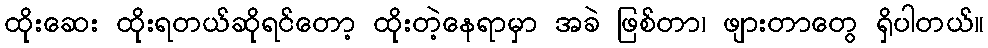
ထိုးဆေး ထိုးရတယ်ဆိုရင်တော့ ထိုးတဲ့နေရာမှာ အခဲ ဖြစ်တာ၊ ဖျားတာတွေ ရှိပါတယ်။